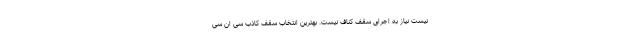
نیست نیاز به اجرای سقف کناف نیست. بهترین انتخاب سقف کاذب سی ان سی